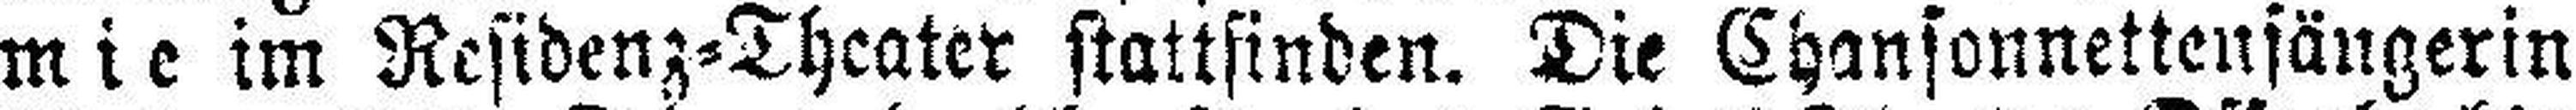
mie im Residenz=Theater stattfinden. Die Chansonnettensängerin